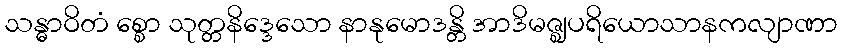
သန္ဓာဝိတံ စ္စော သုတ္တနိဒ္ဒေသော နာနုမောဒန္တိ အာဒိမဇ္ဈပရိယောသာနကလျာဏာ